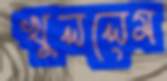
খুললেম